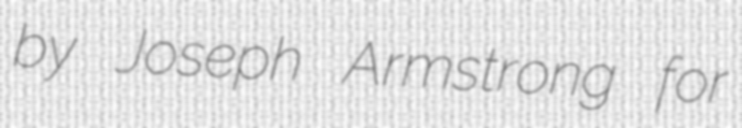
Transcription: by Joseph Armstrong for